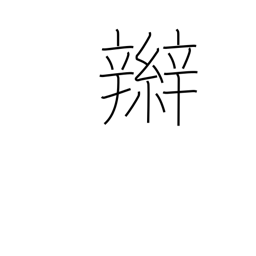
Meaning: braid